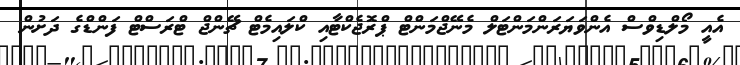
އެއީ މޯލްޑިވްސް އެންވަޔަރަންމަންޓަލް މެނޭޖްމަންޓް ޕްރޮޖެކްޓާއި ކްލައިމެޓް ޗޭންޖް ޓްރަސްޓް ފަންޑްގެ ދަށުން